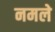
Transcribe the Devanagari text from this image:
नमले